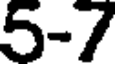
5-7